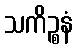
သကိဉ္စနံ